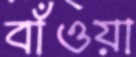
বাঁওয়া